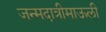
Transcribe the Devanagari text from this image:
जन्मदात्रीमाऊली